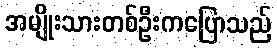
အမျိုးသားတစ်ဦးကပြောသည်